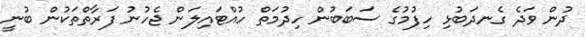
ދުން ވަދެ ގެނދަބުޅި ހިފުމުގެ ސަބަބުން ހިދުމަތް ހުއްޓައިލަން ޖެހުނު ފަރާތްތަކުން ބުނީ